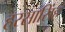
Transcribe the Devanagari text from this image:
हरसासिंह